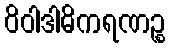
ဝိဝါဒါဓိကရဏဉ္စ